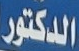
الدكتور